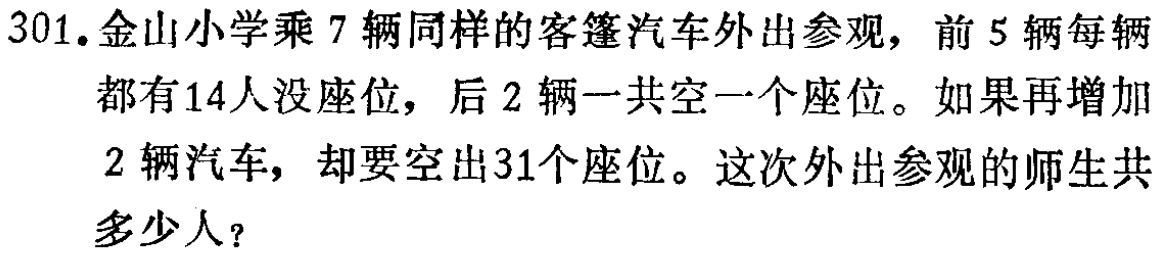
301.金山小学乘7辆同样的客篷汽车外出参观，前5辆每辆都有14人没座位，后2辆一共空一个座位。如果再增加2辆汽车，却要空出31个座位。这次外出参观的师生共多少人？